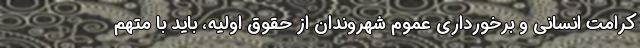
کرامت انسانی و برخورداری عموم شهروندان از حقوق اولیه، باید با متهم